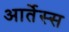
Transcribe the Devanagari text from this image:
आर्तेस्स